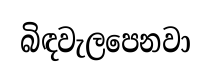
බිඳවැලපෙනවා